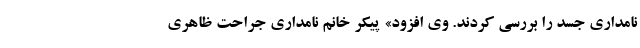
نامداری جسد را بررسی کردند. وی افزود» پیکر خانم نامداری جراحت ظاهری